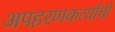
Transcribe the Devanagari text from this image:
अपहरणकर्त्यांची